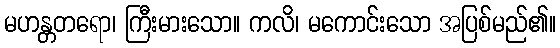
မဟန္တတရော၊ ကြီးမားသော။ ကလိ၊ မကောင်းသော အပြစ်မည်၏။